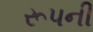
રૂપની